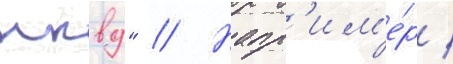
нквд" // Напр'им'е́р /